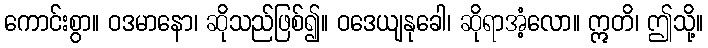
ကောင်းစွာ။ ဝဒမာနော၊ ဆိုသည်ဖြစ်၍။ ဝဒေယျနုခေါ၊ ဆိုရာအံ့လော။ ဣတိ၊ ဤသို့။